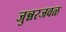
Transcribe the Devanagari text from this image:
जुन्नरजवळ